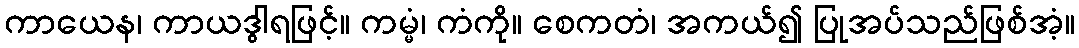
ကာယေန၊ ကာယဒွါရဖြင့်။ ကမ္မံ၊ ကံကို။ စေကတံ၊ အကယ်၍ ပြုအပ်သည်ဖြစ်အံ့။